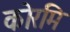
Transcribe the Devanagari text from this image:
कोरमि